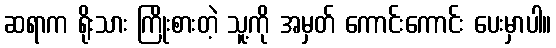
ဆရာက ရိုးသား ကြိုးစားတဲ့ သူ့ကို အမှတ် ကောင်းကောင်း ပေးမှာပါ။